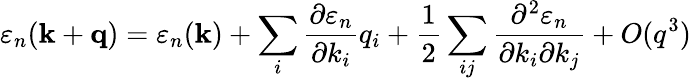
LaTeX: \varepsilon_{n}(\mathbf{k}+\mathbf{q})=\varepsilon_{n}(\mathbf{k})+\sum_{i}{\frac{\partial\varepsilon_{n}}{\partial k_{i}}}q_{i}+{\frac{1}{2}}\sum_{ij}{\frac{\partial^{2}\varepsilon_{n}}{\partial k_{i}\partial k_{j}}}+O(q^{3})